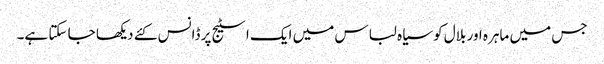
جس میں ماہرہ اور بلال کو سیاہ لباس میں ایک اسٹیج پر ڈانس کئے دیکھا جا سکتا ہے۔